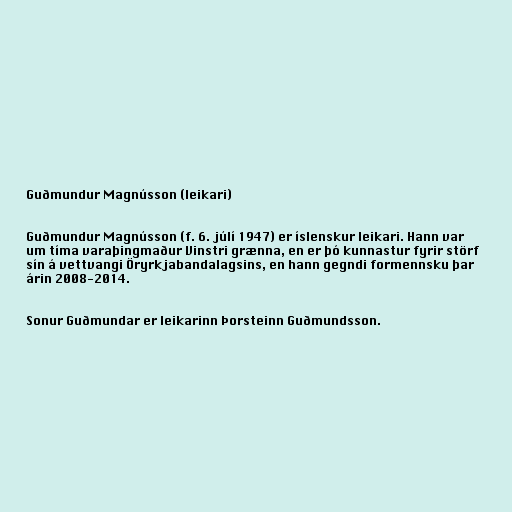
Guðmundur Magnússon (leikari)

Guðmundur Magnússon (f. 6. júlí 1947) er íslenskur leikari. Hann var
um tíma varaþingmaður Vinstri grænna, en er þó kunnastur fyrir störf
sín á vettvangi Öryrkjabandalagsins, en hann gegndi formennsku þar
árin 2008-2014.

Sonur Guðmundar er leikarinn Þorsteinn Guðmundsson.